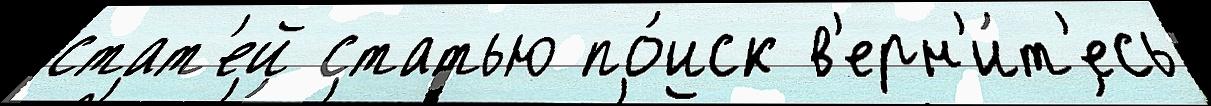
стат'ей статью по́иск в'ерн'и́т'есь